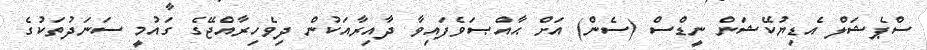
ސްޕެޝަލް އެޑިޔުކޭޝަން ނީޑްސް (ސެން) އަށް ޙާއްޞަވެފައިވާ ދާއިރާއަކުން ދިވެހިރާއްޖޭގެ ގައުމީ ސަނަދުތަކުގެ